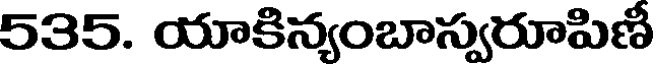
535. యాకిన్యంబాస్వరూపిణీ